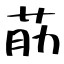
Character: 荕